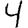
Digit: 4